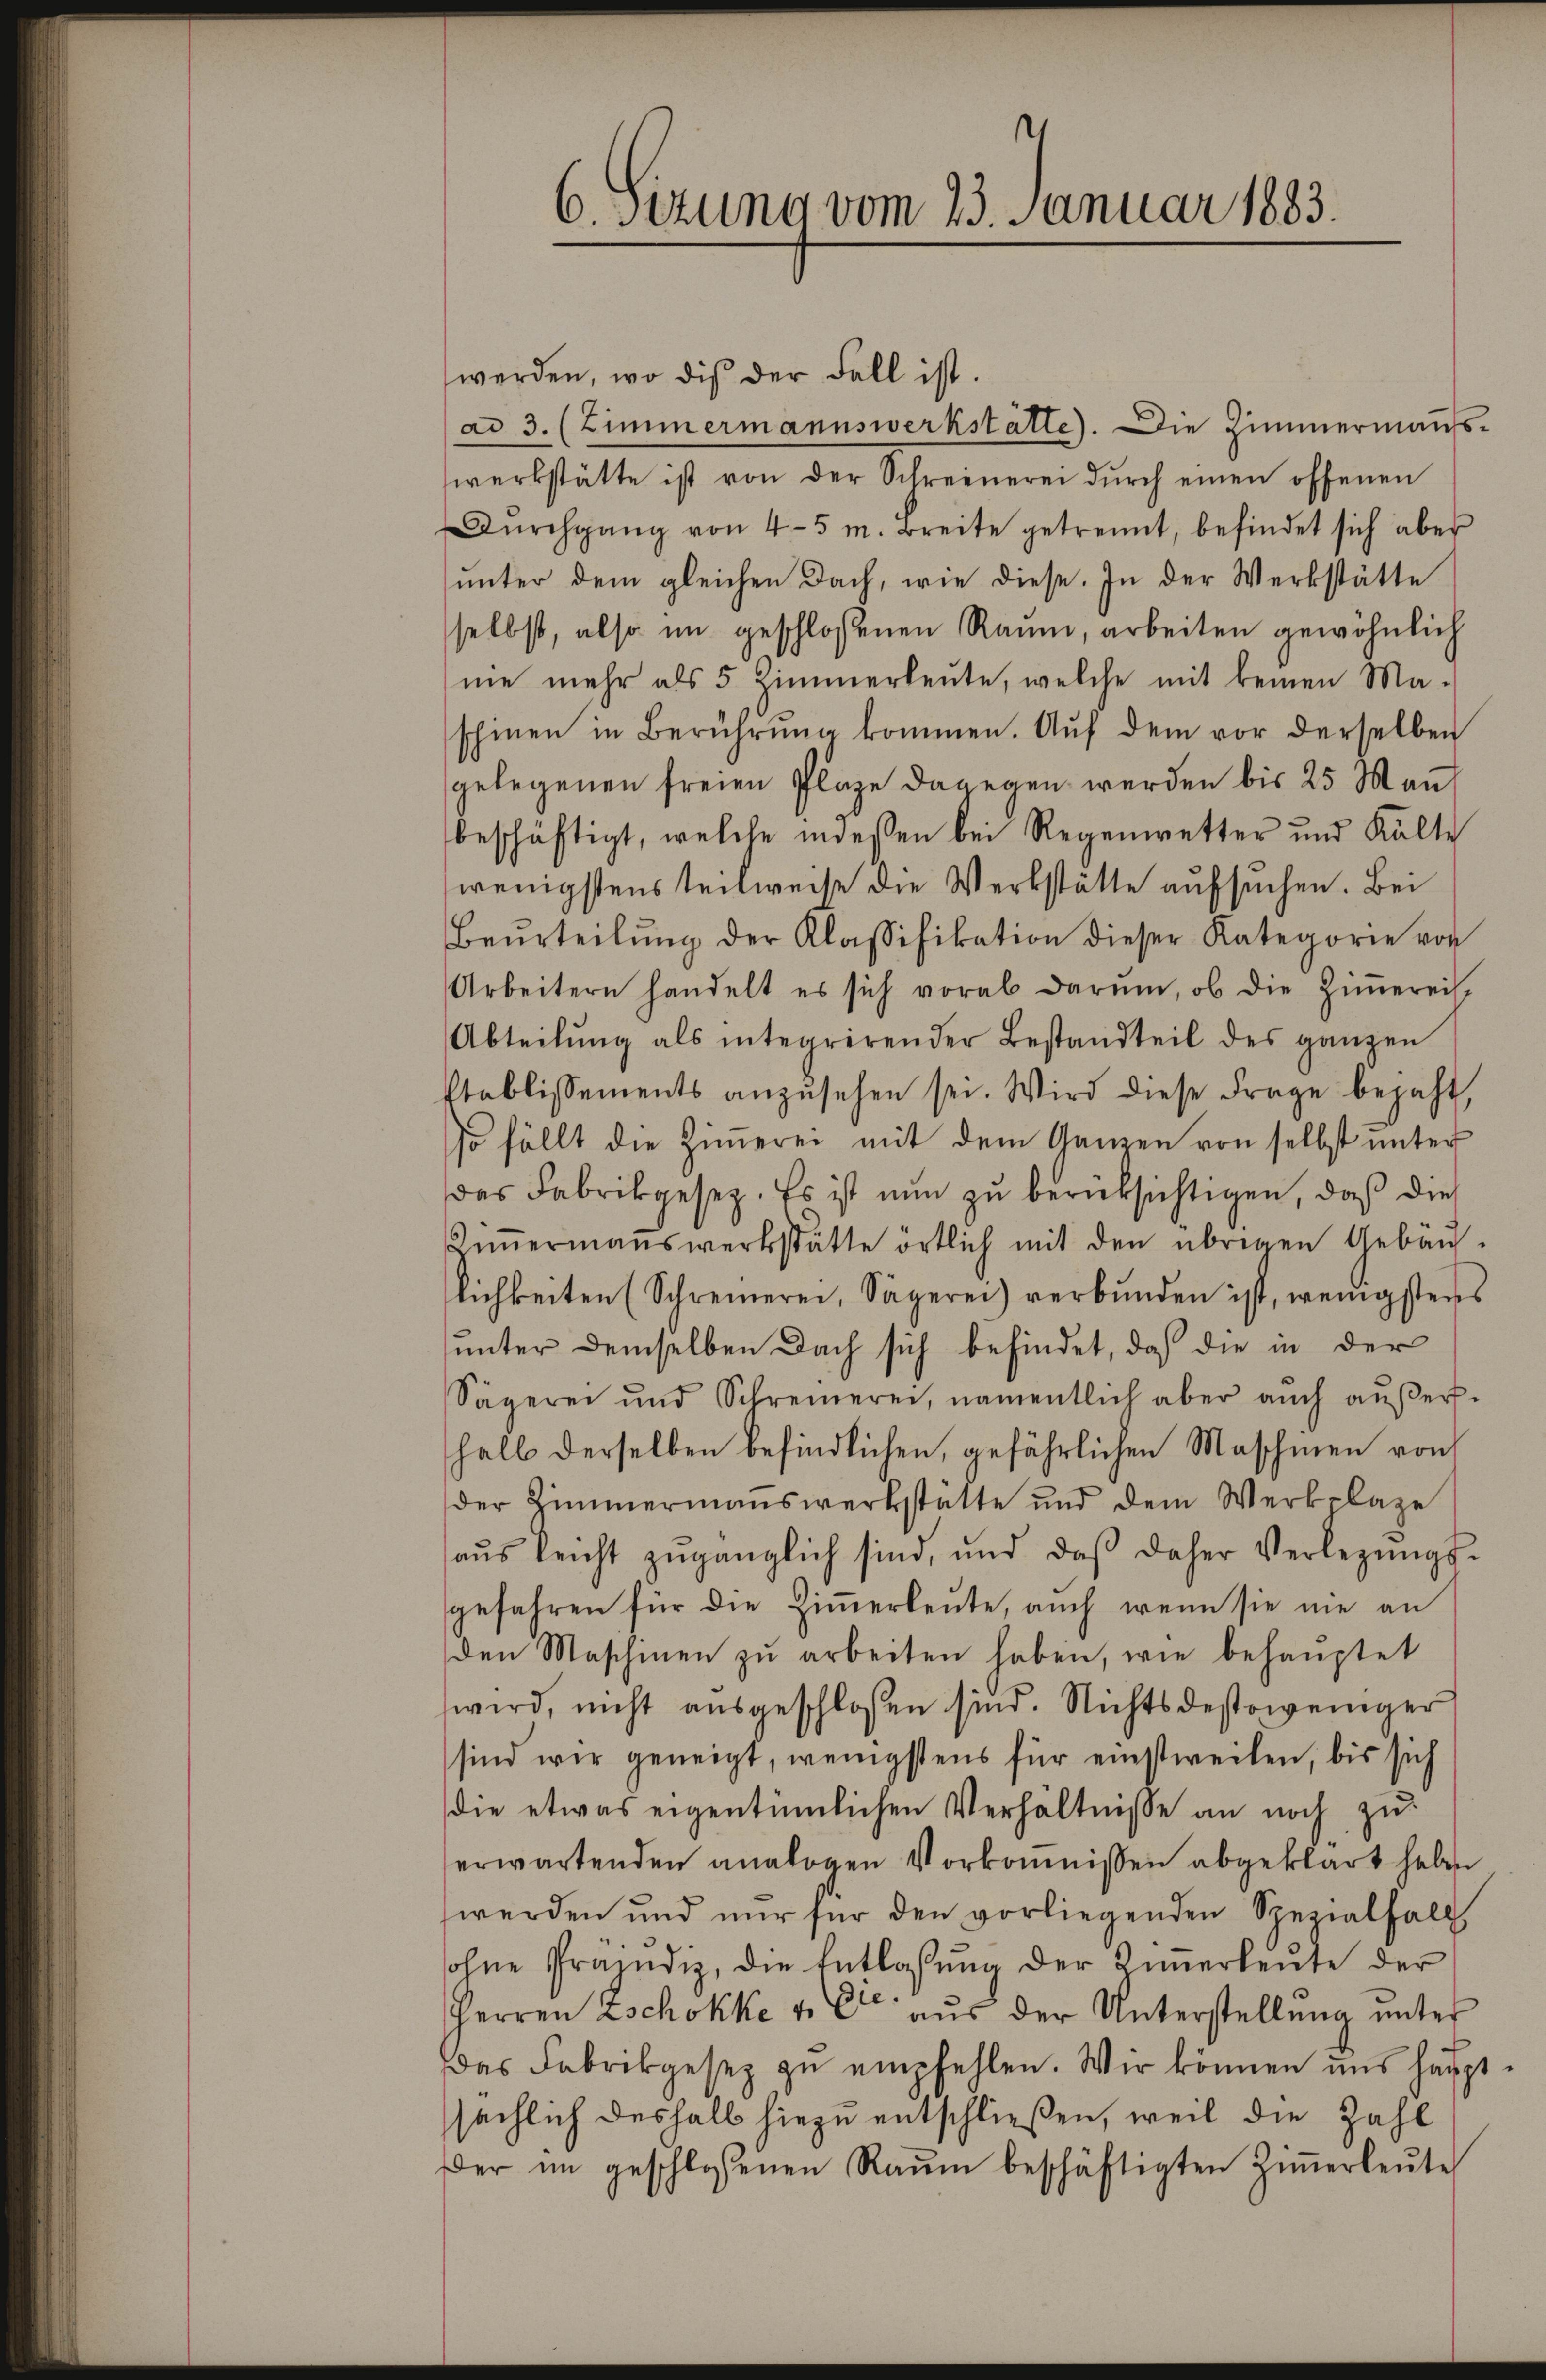
6. Sizung vom 23. Januar 1883.

werden, wo die der Fall ist.
ad 3. (Zimmermannswerkstätte. Die Zimmermaufswerkstätte ist von der Schreinerei dŭrch einen offenen
Dŭrchgang von 4-5 m. Breite getrennt, befindet sich aber
ŭnter dem gleichen Dach, wie diese. In der Werkstätte
selbst, also im geschlossenen Raum, arbeiten gewöhnlich
me mehr als 5 Zimmerleute, welche mit keinen Ma-
schinen in Berührŭng kommen. Aŭf dem vor derselben
gelegenen freien Plaze dagegen werden bis 25 Man
beschäftigt, welche indessen bei Regenwetter und Kalte
wenigstens teilweise die Werkstätte aufsuchen. Bei
Beŭrteilŭng der Klassifikation dieser Kategorie vor
Arbeitern handelt es sich vorab darŭm, ob die Ziṁereis
Abteilŭng als integrirender Bestandteil des ganzen
Etablissements anzŭsehen sei. Wird diese Frage bejaht
so fällt die Zimmerei mit dem Ganzen von selbst unter
das Fabrikgesez. Es ist nun zu berüksichtigen, daß dies
iṁermanswerkstätte örtlich mit den übrigen Gebäu-
lichkeiten (Schreinerei, Sägerei) verbŭnden ist, wenigstens
unter demselben Dach sich befindet, daß die in der
Sägerei und Schreinerei, namentlich aber auch aŭβer-
halb derselben befindlichen, gefährlichen Maschinen von
der Zimmermanswerkstätte und dem Werkplaze
aŭs leicht zugänglich sind, und daβ daher Verlegŭngs-
gefahren für die Ziṁerleute, auch wenn sie nie an
den Maschinen zŭ arbeiten haben, wie behauptet
wird, nicht ausgeschlossen sind. Nichtsdestoweniger
sind wir geneigt, wenigstens für einstweilen, bis sich
die etwas eigentümlichen Verhältnisse an noch zu
erwartenden analogen Vorkommissen abgeklärt haben
werden und nur für den vorliegenden Spezialfall
sohne Prämdiz, die Entlaßung der Innerleute der
Herren Zschokke u. Er aus der Unterstellung unter
das Fabrikgesez zŭ empfehlen. Wir können uns haupt-
sächlich deshalb hiezu entschließen, weil die Zahl
Der im geschlossenen Raŭm beschäftigten Ziṁerleŭte